Notes on the propagation and cultivation of the medicinal cinchonas, or Peruvian bark trees
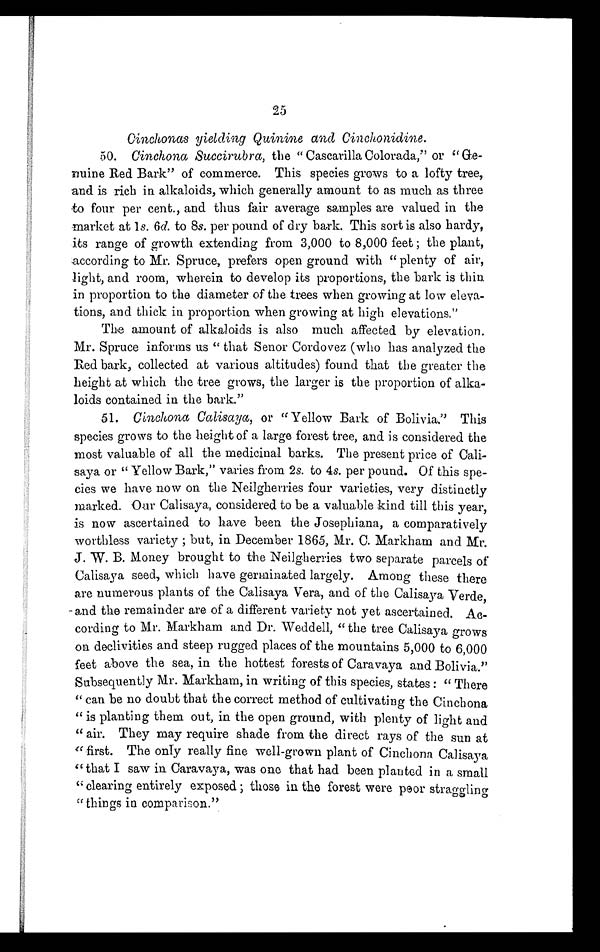
25
Cinchonas yielding Quinine and Cinchonidine.
50. Cinchona Succirubra, the " Cascarilla Colorada," or "Ge
nuine Red Bark" of commerce. This species grows to a lofty tree,
and is rich in alkaloids, which generally amount to as much as three
to four per cent., and thus fair average samples are valued in the
market at 1s . 6
d . t o 8
s . p e r p o u n d o f d r y b a r k . T h i s s o r t i s a l s o h a r d y ,
its range of growth extending from 3,000 to 8,000 feet ; the plant,
according to Mr. Spruce, prefers open ground with " plenty of air,
light, and room, wherein to develop its proportions, the bark is thin
in proportion to the diameter of the trees when growing at low eleva
tions, and thick in proportion when growing at high elevations."
The amount of alkaloids is also much affected by elevation.
Mr. Spruce informs us " that Senor Cordovez (who has analyzed the
Red bark, collected at various altitudes) found that the greater the
height at which the tree grows, the larger is the proportion of alka
loids contained in the bark."
51. Cinchona Calisaya, or " Yellow Bark of Bolivia." This
species grows to the height of a large forest tree, and is considered the
most valuable of all the medicinal barks. The present price of Cali-
saya or " Yellow Bark," varies from 2 s. to 4 s. per pound. Of this spe-
cies we have now on the Neilgherries four varieties, very distinctly
marked. Our Calisaya, considered to be a valuable kind till this year,
is now ascertained to have been the Josephiana, a comparatively
worthless variety ; but, in December 1865, Mr. C. Markham and Mr.
J. W. B. Money brought to the Neilgherries two separate parcels of
Calisaya seed, which have germinated largely. Among these there
are numerous plants of the Calisaya Vera, and of the Calisaya Verde,
and the remainder are of a different variety not yet ascertained. A
c-cording to Mr. Markham and Dr. Weddell, " the tree Calisaya grows
on declivities and steep rugged places of the mountains 5,000 to 6,000
feet above the sea, in the hottest forests of Caravaya and Bolivia."
Subsequently Mr. Markham, in writing of this species, states : " There
" can be no doubt that the correct method of cultivating the Cinchona
" is planting them out, in the open ground, with plenty of light and
" air. They may require shade from the direct rays of the sun at
''first. The only really fine well-grown plant of Cinchona Calisaya
" that I saw in Caravaya, was one that had been planted in a small
" clearing entirely exposed ; those in the forest were poor straggling
" things in comparison."